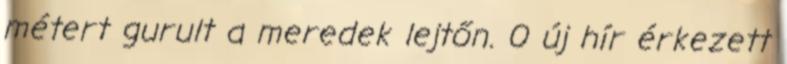
métert gurult a meredek lejtőn. 0 új hír érkezett